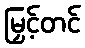
မြှင့်တင်